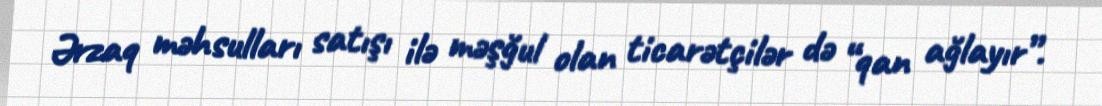
Ərzaq məhsulları satışı ilə məşğul olan ticarətçilər də “qan ağlayır”.